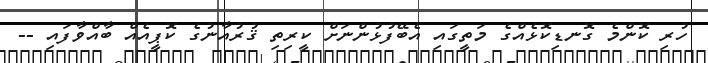
ހުރި ކޮންމެ ގޮނޑިކޮޅެއްގެ މަތީގައި އެބޭފުޅުންނަށް ކީރިތި ޤުރުއާނުގެ ކޮޕީއެއް ބާއްވާފައި --